Civil Veterinary Dept. North-West Frontier Province 1933-46 - 1933-1946
Year: 1933
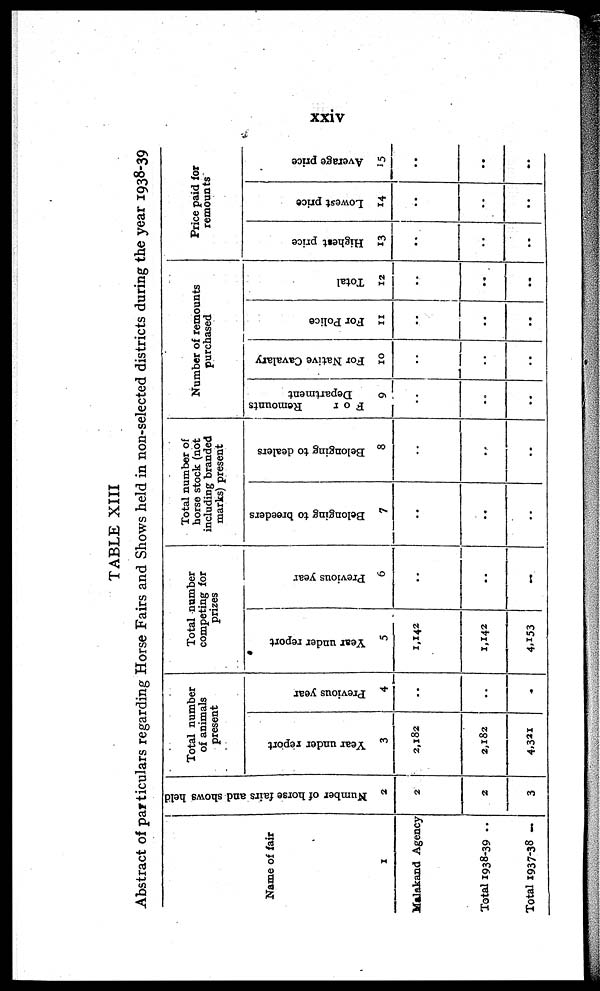
xxiv
TABLE XIII
Abstract of particulars regarding Horse Fairs and Shows held in non-selected districts during the year 1938-39
Name of fair
1
Malakand Agency
Total 1938-39 ..
Total 1937-38 ...
Number of horse fairs and shows held
2
2
2
3
Total number
of animals
present
Year under report
3
2,182
2,182
4,321
Previous year
4
..
..
..
Total number
competing for
prizes
Year under report
5
1,142
1,142
4.153
Previous year
6
..
..
..
Total number of
horse stock (not
including branded
marks) present
Belonging to breeders
7
..
..
..
Belonging to dealers
8
..
..
..
Number of remounts
purchased
For
Remounts
Department
9
..
..
..
For Native Cavalary
10
..
..
..
For Police
11
..
..
..
Total
12
..
..
..
Price paid for
remounts
Highest price
13
..
..
..
Lowest price
14
..
..
..
Average price
15
..
..
..